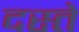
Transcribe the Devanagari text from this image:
दस्‍ते